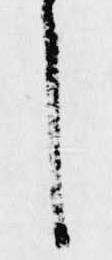
し